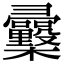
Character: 𢑿